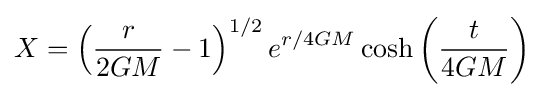
X=\left({\frac {r}{2GM}}-1\right)^{1/2}e^{r/4GM}\cosh \left({\frac {t}{4GM}}\right)